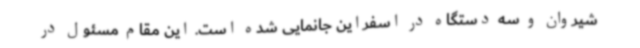
شیروان و سه دستگاه در اسفراین جانمایی شده است. این مقام مسئول در